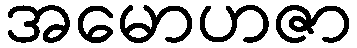
အမောဟဇာ